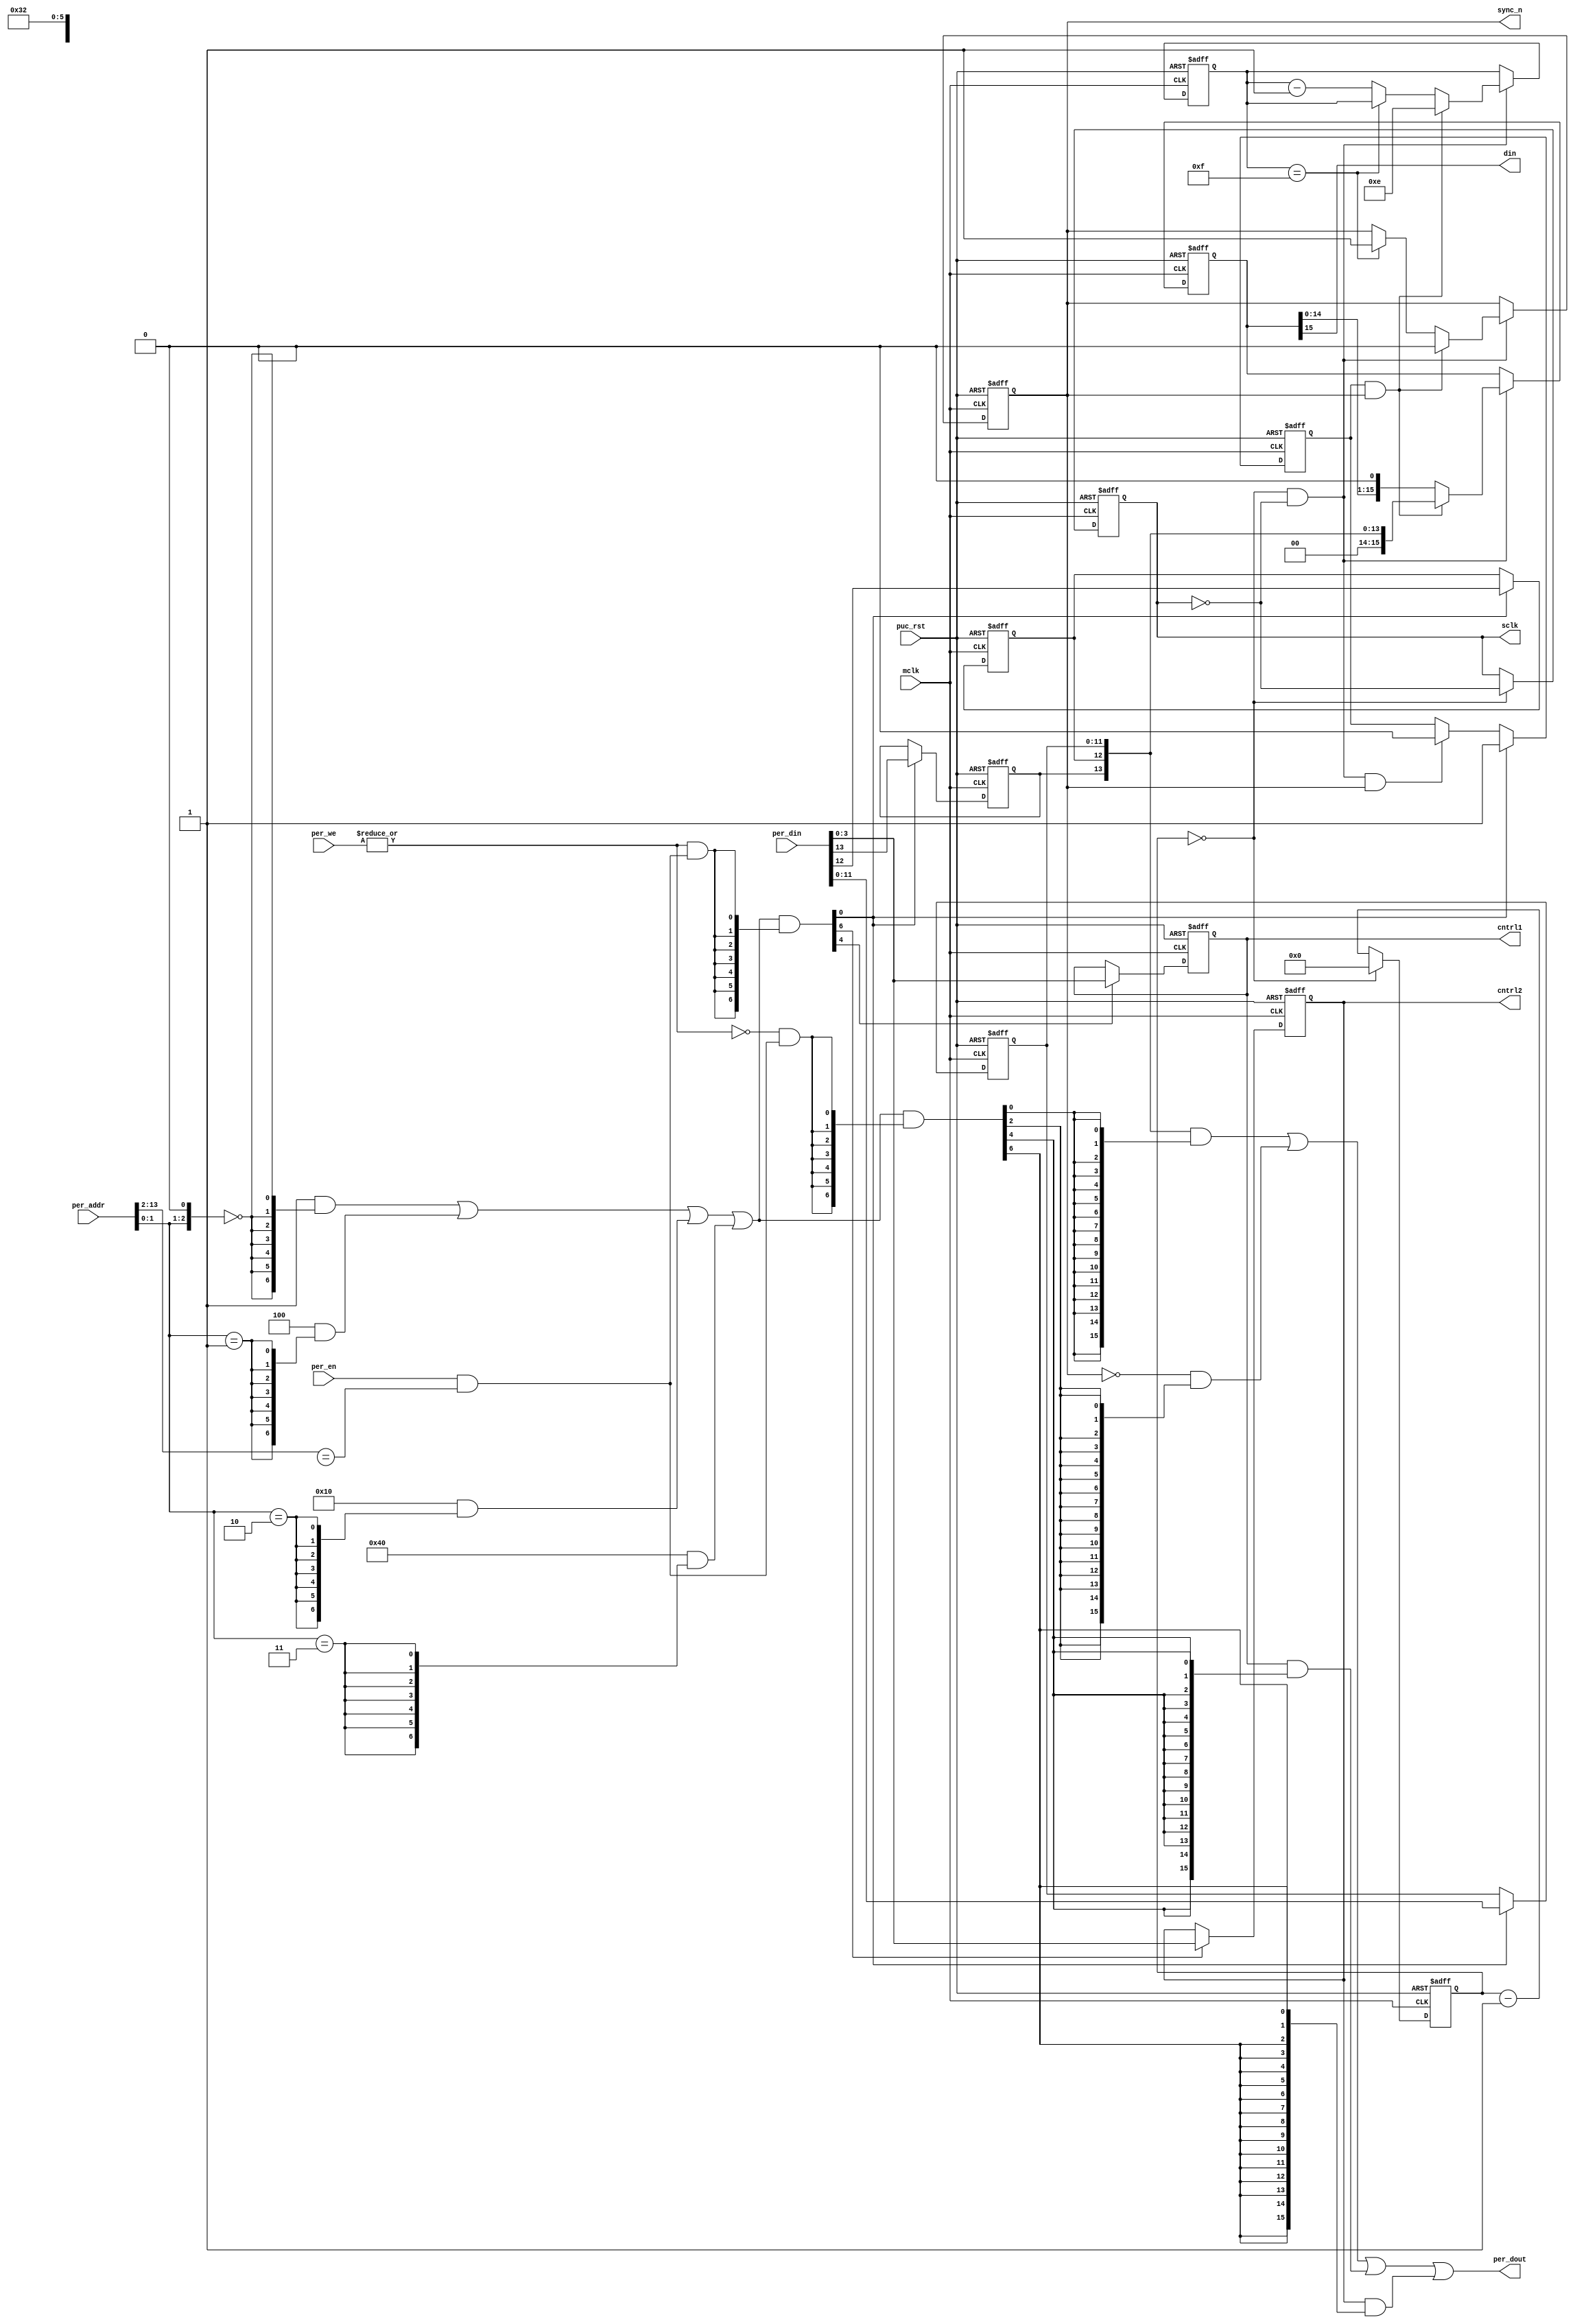
// This program was cloned from: https://github.com/olgirard/openmsp430
// License: BSD 3-Clause "New" or "Revised" License

//----------------------------------------------------------------------------
// Copyright (C) 2001 Authors
//
// Redistribution and use in source and binary forms, with or without
// modification, are permitted provided that the following conditions
// are met:
//     * Redistributions of source code must retain the above copyright
//       notice, this list of conditions and the following disclaimer.
//     * Redistributions in binary form must reproduce the above copyright
//       notice, this list of conditions and the following disclaimer in the
//       documentation and/or other materials provided with the distribution.
//     * Neither the name of the authors nor the names of its contributors
//       may be used to endorse or promote products derived from this software
//       without specific prior written permission.
//
// THIS SOFTWARE IS PROVIDED BY THE COPYRIGHT HOLDERS AND CONTRIBUTORS "AS IS"
// AND ANY EXPRESS OR IMPLIED WARRANTIES, INCLUDING, BUT NOT LIMITED TO, THE
// IMPLIED WARRANTIES OF MERCHANTABILITY AND FITNESS FOR A PARTICULAR PURPOSE
// ARE DISCLAIMED. IN NO EVENT SHALL THE COPYRIGHT HOLDER OR CONTRIBUTORS BE
// LIABLE FOR ANY DIRECT, INDIRECT, INCIDENTAL, SPECIAL, EXEMPLARY,
// OR CONSEQUENTIAL DAMAGES (INCLUDING, BUT NOT LIMITED TO, PROCUREMENT OF
// SUBSTITUTE GOODS OR SERVICES; LOSS OF USE, DATA, OR PROFITS; OR BUSINESS
// INTERRUPTION) HOWEVER CAUSED AND ON ANY THEORY OF LIABILITY, WHETHER IN
// CONTRACT, STRICT LIABILITY, OR TORT (INCLUDING NEGLIGENCE OR OTHERWISE)
// ARISING IN ANY WAY OUT OF THE USE OF THIS SOFTWARE, EVEN IF ADVISED OF
// THE POSSIBILITY OF SUCH DAMAGE
//
//----------------------------------------------------------------------------
//
// *File Name: dac_spi_if.v
// 
// *Module Description:
//                       SPI interface for National's DAC121S101 12 bit DAC
//
// *Author(s):
//              - Olivier Girard,    olgirard@gmail.com
//
//----------------------------------------------------------------------------
// $Rev: 66 $
// $LastChangedBy: olivier.girard $
// $LastChangedDate: 2010-03-07 09:09:38 +0100 (Sun, 07 Mar 2010) $
//----------------------------------------------------------------------------
 
module  dac_spi_if (
 
// OUTPUTs
    cntrl1,                         // Control value 1
    cntrl2,                         // Control value 2
    din,                            // SPI Serial Data
    per_dout,                       // Peripheral data output
    sclk,                           // SPI Serial Clock
    sync_n,                         // SPI Frame synchronization signal (low active)
 
// INPUTs
    mclk,                           // Main system clock
    per_addr,                       // Peripheral address
    per_din,                        // Peripheral data input
    per_en,                         // Peripheral enable (high active)
    per_we,                         // Peripheral write enable (high active)
    puc_rst                         // Main system reset
);

// PARAMETERs
//============
parameter           SCLK_DIV  = 0;       // Serial clock divider (Tsclk=Tmclk*(SCLK_DIV+1)*2)
parameter           BASE_ADDR = 9'h190;  // Registers base address
 
// OUTPUTs
//=========
output        [3:0] cntrl1;         // Control value 1
output        [3:0] cntrl2;         // Control value 2
output              din;            // SPI Serial Data
output       [15:0] per_dout;       // Peripheral data output
output              sclk;           // SPI Serial Clock
output              sync_n;         // SPI Frame synchronization signal (low active)
 
// INPUTs
//=========
input               mclk;           // Main system clock
input        [13:0] per_addr;       // Peripheral address
input        [15:0] per_din;        // Peripheral data input
input               per_en;         // Peripheral enable (high active)
input         [1:0] per_we;         // Peripheral write enable (high active)
input               puc_rst;        // Main system reset
 
 
//=============================================================================
// 1)  PARAMETER DECLARATION
//=============================================================================
 
// Decoder bit width (defines how many bits are considered for address decoding)
parameter              DEC_WD      =  3;

// Register addresses offset
parameter [DEC_WD-1:0] DAC_VAL     = 'h0,
                       DAC_STAT    = 'h2,
                       CNTRL1      = 'h4,
                       CNTRL2      = 'h6;

// Register one-hot decoder utilities
parameter              DEC_SZ      =  2**DEC_WD;
parameter [DEC_SZ-1:0] BASE_REG    =  {{DEC_SZ-1{1'b0}}, 1'b1};

// Register one-hot decoder
parameter [DEC_SZ-1:0] DAC_VAL_D   = (BASE_REG << DAC_VAL),
                       DAC_STAT_D  = (BASE_REG << DAC_STAT),
                       CNTRL1_D    = (BASE_REG << CNTRL1),
                       CNTRL2_D    = (BASE_REG << CNTRL2);

 
//============================================================================
// 2)  REGISTER DECODER
//============================================================================
 
// Local register selection
wire              reg_sel   =  per_en & (per_addr[13:DEC_WD-1]==BASE_ADDR[14:DEC_WD]);

// Register local address
wire [DEC_WD-1:0] reg_addr  =  {per_addr[DEC_WD-2:0], 1'b0};

// Register address decode
wire [DEC_SZ-1:0] reg_dec   =  (DAC_VAL_D  &  {DEC_SZ{(reg_addr == DAC_VAL )}})  |
                               (DAC_STAT_D &  {DEC_SZ{(reg_addr == DAC_STAT)}})  |
                               (CNTRL1_D   &  {DEC_SZ{(reg_addr == CNTRL1  )}})  |
                               (CNTRL2_D   &  {DEC_SZ{(reg_addr == CNTRL2  )}});

// Read/Write probes
wire              reg_write =  |per_we & reg_sel;
wire              reg_read  = ~|per_we & reg_sel;

// Read/Write vectors
wire [DEC_SZ-1:0] reg_wr    = reg_dec & {DEC_SZ{reg_write}};
wire [DEC_SZ-1:0] reg_rd    = reg_dec & {DEC_SZ{reg_read}};

 
//============================================================================
// 3) REGISTERS
//============================================================================
 
// DAC_VAL Register
//------------------   
reg  [11:0] dac_val;
reg         dac_pd0;
reg         dac_pd1;
 
wire        dac_val_wr = reg_wr[DAC_VAL];
 
always @ (posedge mclk or posedge puc_rst)
  if (puc_rst)
    begin
       dac_val <= 12'h000;
       dac_pd0 <=  1'b0;
       dac_pd1 <=  1'b0;
    end
  else if (dac_val_wr)
    begin
       dac_val <=  per_din[11:0];
       dac_pd0 <=  per_din[12];
       dac_pd1 <=  per_din[13];
    end
 

// CNTRL1 Register
//------------------   
reg   [3:0] cntrl1;
 
wire        cntrl1_wr = reg_wr[CNTRL1];
 
always @ (posedge mclk or posedge puc_rst)
  if (puc_rst)        cntrl1 <=  4'h0;
  else if (cntrl1_wr) cntrl1 <=  per_din;
 
 
// CNTRL2 Register
//------------------   
reg   [3:0] cntrl2;
 
wire        cntrl2_wr = reg_wr[CNTRL2];
 
always @ (posedge mclk or posedge puc_rst)
  if (puc_rst)        cntrl2 <=  4'h0;
  else if (cntrl2_wr) cntrl2 <=  per_din;

 
 
//============================================================================
// 4) DATA OUTPUT GENERATION
//============================================================================
 
// Data output mux
wire [15:0] dac_val_rd  = { 2'b00,   dac_pd1, dac_pd0, dac_val} & {16{reg_rd[DAC_VAL]}};
wire [15:0] dac_stat_rd = {15'h0000, ~sync_n}                   & {16{reg_rd[DAC_STAT]}};
wire [15:0] cntrl1_rd   = {12'h000,  cntrl1}                    & {16{reg_rd[CNTRL1]}};
wire [15:0] cntrl2_rd   = {12'h000,  cntrl2}                    & {16{reg_rd[CNTRL2]}};
 
wire [15:0] per_dout    =  dac_val_rd   |
                           dac_stat_rd  |
                           cntrl1_rd    |
                           cntrl2_rd;
 

//============================================================================
// 5) SPI INTERFACE
//============================================================================
 
// SPI Clock divider
reg [3:0] spi_clk_div;
always @ (posedge mclk or posedge puc_rst)
  if (puc_rst)             spi_clk_div <=  SCLK_DIV;
  else if (spi_clk_div==0) spi_clk_div <=  SCLK_DIV;
  else                     spi_clk_div <=  spi_clk_div-1;

// SPI Clock generation
reg       sclk;
always @ (posedge mclk or posedge puc_rst)
  if (puc_rst)             sclk        <=  1'b0;
  else if (spi_clk_div==0) sclk        <=  ~sclk;

wire      sclk_re = (spi_clk_div==0) & ~sclk;
   
// SPI Transfer trigger
reg       spi_tfx_trig;
always @ (posedge mclk or posedge puc_rst)
  if (puc_rst)               spi_tfx_trig <= 1'b0;
  else if (dac_val_wr)       spi_tfx_trig <= 1'b1;
  else if (sclk_re & sync_n) spi_tfx_trig <= 1'b0;

wire      spi_tfx_init = spi_tfx_trig & sync_n;
   
// Data counter
reg [3:0] spi_cnt;
wire      spi_cnt_done = (spi_cnt==4'hf);
always @ (posedge mclk or posedge puc_rst)
  if (puc_rst)               spi_cnt <=  4'hf;
  else if (sclk_re)
    if (spi_tfx_init)        spi_cnt <=  4'he;
    else if (~spi_cnt_done)  spi_cnt <=  spi_cnt-1;


// Frame synchronization signal (low active)
reg sync_n;
always @ (posedge mclk or posedge puc_rst)
  if (puc_rst)               sync_n  <=  1'b1;
  else if (sclk_re)
    if (spi_tfx_init)        sync_n  <=  1'b0;
    else if (spi_cnt_done)   sync_n  <=  1'b1;

   
// Value to be shifted_out
reg  [15:0] dac_shifter;
always @ (posedge mclk or posedge puc_rst)
  if (puc_rst)        dac_shifter <=  16'h000;
  else if (sclk_re)
    if (spi_tfx_init) dac_shifter <=  {2'b00, dac_pd1, dac_pd0, dac_val[11:0]};
    else              dac_shifter <=  {dac_shifter[14:0], 1'b0};

assign din = dac_shifter[15];


endmodule // dac_spi_if